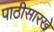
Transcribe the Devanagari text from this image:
पाठीसारखे